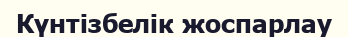
Күнтізбелік жоспарлау